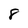
Character: 8